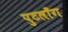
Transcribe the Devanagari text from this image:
पुटलाँग